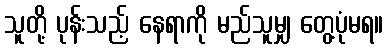
သူတို့ ပုန်းသည့် နေရာကို မည်သူမျှ တွေ့ပုံမရ။